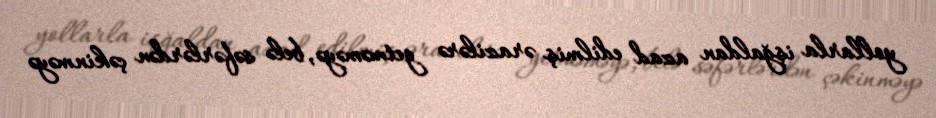
yollarla işğaldan azad edilmiş ərazilərə getməməyə, belə səfərlərdən çəkinməyə